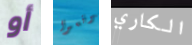
أو توقعوا الكاري